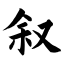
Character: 叙